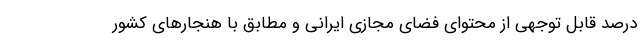
درصد قابل توجهی از محتوای فضای مجازی ایرانی و مطابق با هنجارهای کشور